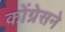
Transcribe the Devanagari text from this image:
कोंग्रेसने